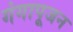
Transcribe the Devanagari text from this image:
गंगापूजन